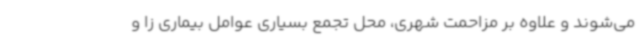
می‌شوند و علاوه بر مزاحمت شهری، محل تجمع بسیاری عوامل بیماری زا و